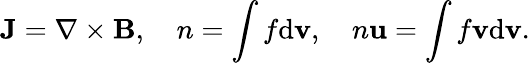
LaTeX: {\mathbf J}=\nabla\times{\mathbf B},\quad n=\int f\mathrm{d}{\mathbf v},\quad n{\mathbf u}=\int f{\mathbf v}\mathrm{d}{\mathbf v}.